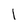
Character: 1